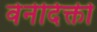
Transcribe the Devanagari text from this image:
वेनेदिक्ती